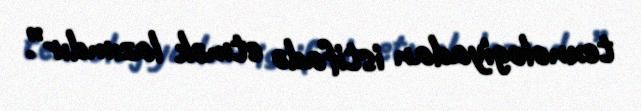
texnologiyadan istifadə etmək lazımdır”.